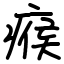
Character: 瘊